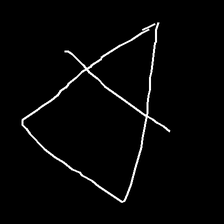
Glyph: empower